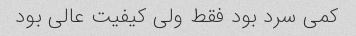
کمی سرد بود فقط ولی کیفیت عالی بود